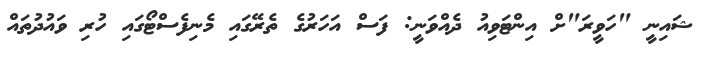
ޝައިނީ "ހަވީރަ"ށް އިންޓަވިއު ދެއްވަނީ: ފަސް އަހަރުގެ ތެރޭގައި މެނިފެސްޓޯގައި ހުރި ވައުދުތައް